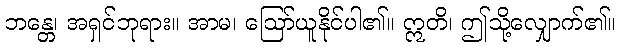
ဘန္တေ၊ အရှင်ဘုရား။ အာမ၊ ဩော်ယူနိုင်ပါ၏။ ဣတိ၊ ဤသို့လျှောက်၏။